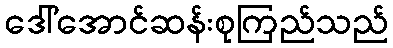
ဒေါ်အောင်ဆန်းစုကြည်သည်